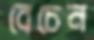
বেচেন